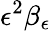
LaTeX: \epsilon^{2}\beta_{\epsilon}